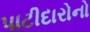
પાટીદારોનો